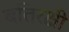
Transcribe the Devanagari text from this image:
बतिरक्षी